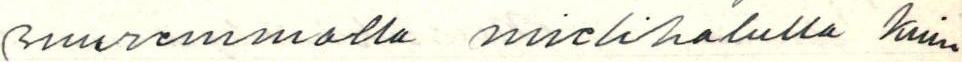
suuremmalla mielihalulla kuin